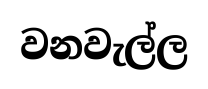
වනවැල්ල